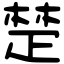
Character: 楚